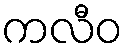
ကလီဝ